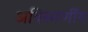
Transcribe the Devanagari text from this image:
अविस्मर्णीय